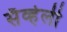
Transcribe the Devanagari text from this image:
सॅव्हेली